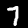
Digit: 7